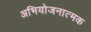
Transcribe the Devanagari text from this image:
अभियोजनात्मक